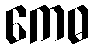
ကေဓ